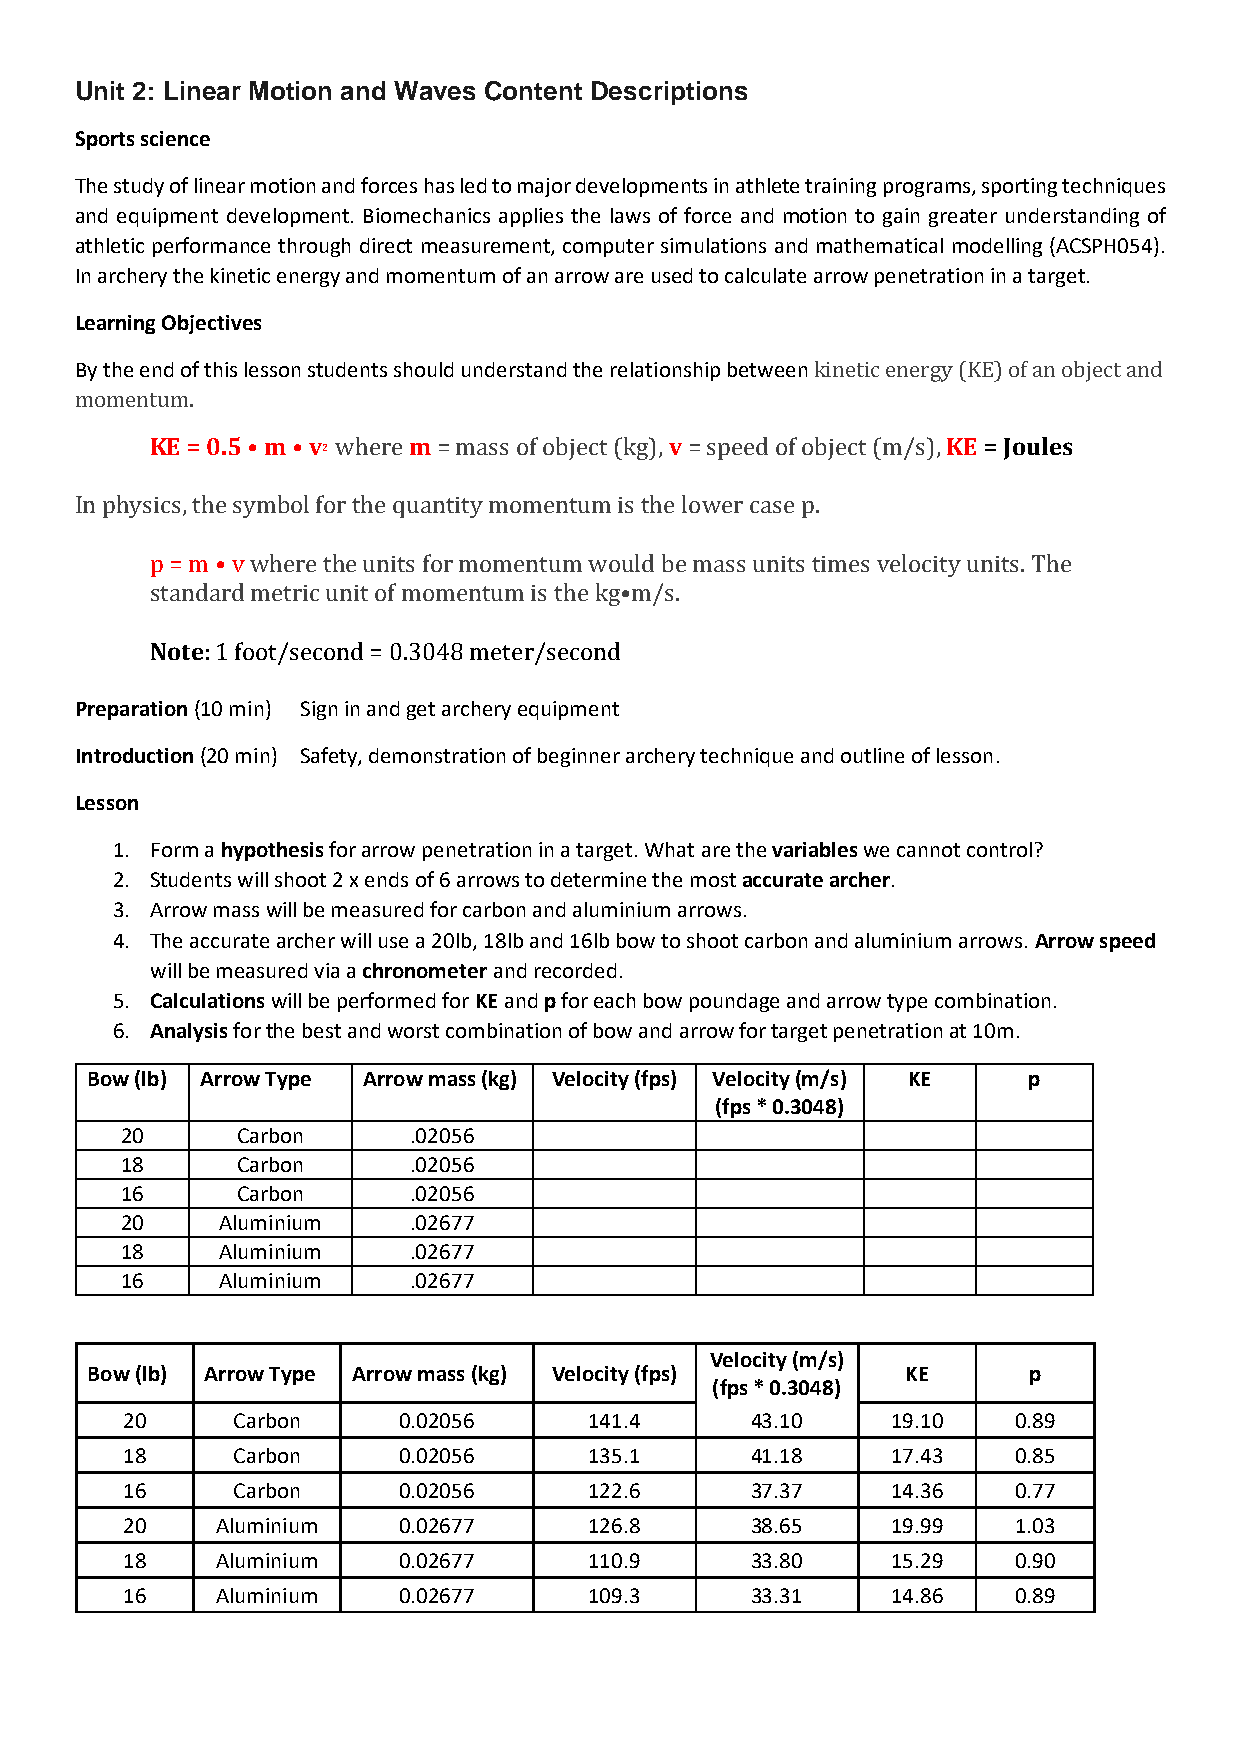
Unit 2: Linear Motion and Waves Content Descriptions
 Sports science
 The study of linear motion and forces has led to major developments in athlete training programs, sporting techniques
 and equipment development. Biomechanics applies the laws of force and motion to gain greater understanding of
 athletic performance through direct measurement, computer simulations and mathematical modelling (ACSPH054).
 In archery the kinetic energy and momentum of an arrow are used to calculate arrow penetration in a target.
 Learning Objectives
 By the end of this lesson students should understand the relationship between
 kinetic energy (KE) of an object and
 momentKuEm =. 0.5 • m • v2 m           v                  KE = Joules
 where  = mass of object (kg), = speed of object (m/s),
 In physics, the symbol for the quantity momentum is the lower case p.
 p = m • v where the units for momentum would be mass units times velocity units. The
 sNtoatnedard metric unit of momentum is the kg•m/s.
 Preparation (1: 01 m foino)t /sSeicgonn ind a=n d0 .g3e0t4 a8rc mheeryte erq/usiepcmoenndt
 Introduction (20 min) Safety, demonstration of beginner archery technique and outline of lesson.
 Lesson
 1. Form a hypothesis for arrow penetration in a target. What are the variables we cannot control?
 2. Students will shoot 2 x ends of 6 arrows to determine the most accurate archer.
 3. Arrow mass will be measured for carbon and aluminium arrows.
 4. The accurate archer will use a 20lb, 18lb and 16lb bow to shoot carbon and aluminium arrows. Arrow speed
 will be measured via a chronometer and recorded.
 5. Calculations will be performed for KE and p for each bow poundage and arrow type combination.
 6. Analysis for the best and worst combination of bow and arrow for target penetration at 10m.
 Bow (lb) Arrow Type Arrow mass (kg) Velocity (fps) Velocity (m/s) KE p
 (fps * 0.3048)
 20      Carbon     .02056
 18      Carbon     .02056
 16      Carbon     .02056
 20     Aluminium   .02677
 18     Aluminium   .02677
 16     Aluminium   .02677
 Velocity (m/s)
 Bow (lb) Arrow Type Arrow mass (kg) Velocity (fps)    KE      p
 (fps * 0.3048)
 20     Carbon     0.02056      141.4      43.10    19.10   0.89
 18     Carbon     0.02056      135.1      41.18    17.43   0.85
 16     Carbon     0.02056      122.6      37.37    14.36   0.77
 20    Aluminium   0.02677      126.8      38.65    19.99   1.03
 18    Aluminium   0.02677      110.9      33.80    15.29   0.90
 16    Aluminium   0.02677      109.3      33.31    14.86   0.89